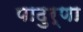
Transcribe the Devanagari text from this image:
पाढुर्णा